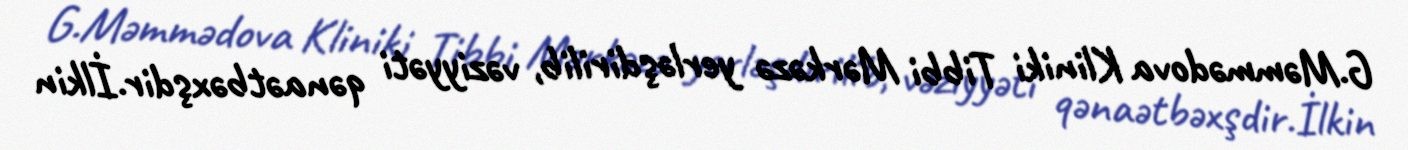
G.Məmmədova Kliniki Tibbi Mərkəzə yerləşdirilib, vəziyyəti qənaətbəxşdir.İlkin